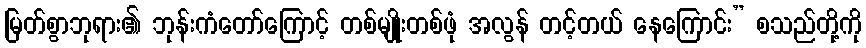
မြတ်စွာဘုရား၏ ဘုန်းကံတော်ကြောင့် တစ်မျိုးတစ်ဖုံ အလွန် တင့်တယ် နေကြောင်း” စသည်တို့ကို